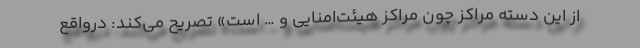
از این دسته مراکز چون مراکز هیئت‌امنایی و … است» تصریح می‌کند: درواقع